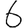
Digit: 6